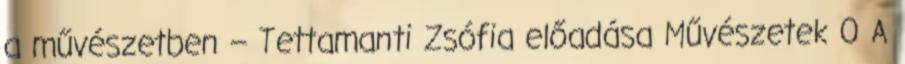
a művészetben – Tettamanti Zsófia előadása Művészetek 0 A